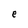
Character: e